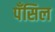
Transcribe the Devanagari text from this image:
पॅंसिल